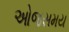
ઓજસમય